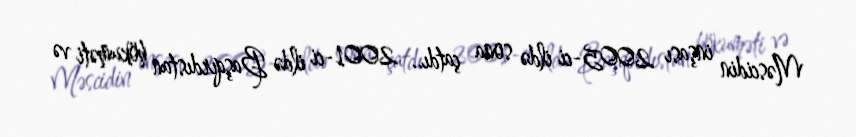
Məscidin inşası 2005-ci ildə sona çatdı.. 2001-ci ildə Başqırdıstan hökuməti və